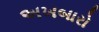
અખબારો